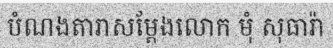
បំណងតារាសម្តែងលោក មុំ សុធារ៉ា